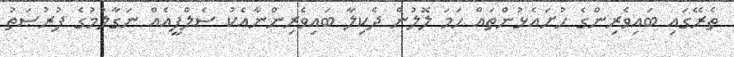
ތެރޭގައި ބައިވެރިންގެ ހުށައެޅުންތައް ހަމަ ލޮލުން ދެކިލާ ބައިވެރިންނާއެކު ސެލްފީއެއް ނަގާލުމުގެ ފުރުޞަތު